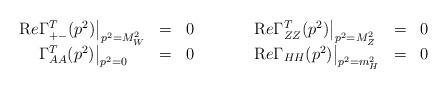
LaTeX: \begin{align*}\begin{array}{lccclcc}{\mathrm Re} \Gamma^T_{+-} (p^2)\big|_{p^2 = M_W^2} & = & 0 &\qquad &{\mathrm Re} \Gamma^T_{ZZ} (p^2)\big|_{p^2 = M_Z^2} & =& 0 \\\phantom{\mathrm Re} \Gamma^T_{AA} (p^2)\big|_{p^2 = 0} & = & 0 &\qquad &{\mathrm Re} \Gamma_{HH} (p^2)\big|_{p^2 = m_H^2} & = & 0\end{array}\end{align*}